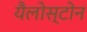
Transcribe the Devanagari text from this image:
यैलोस्टोन